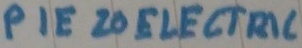
Text: PIEZO ELECTRIC